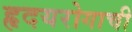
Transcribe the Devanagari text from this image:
हृदयरोगाची